Leaving Certificate Examination, 1902
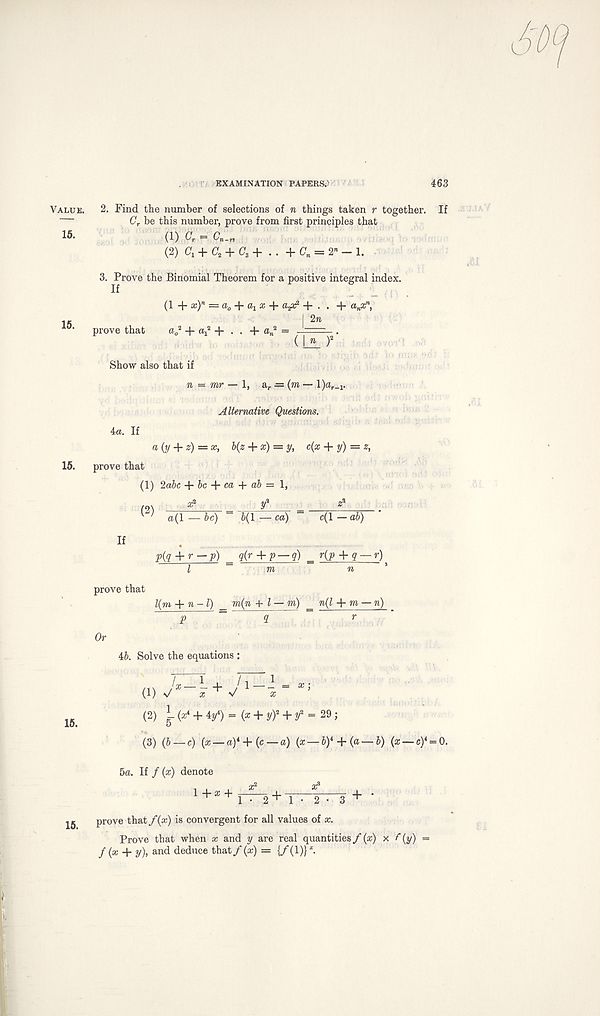
EXAMINATION PAPERS.’
463
Value. 2. Find the number of selections of n things taken r together. If
G r be this number, prove from first principles that
15 -
(1) Cr = C n .„
(2) C 1 + C 2 + C s + .. +C'„ = 2»-1.
3. Prove the Binomial Theorem for a positive integral index.
(I +x) n =a 0 + a 1 x + a^-\- . . + a n x n ,
1 e
i 2«,
LO ‘ prove that a 0
2 + + • • + «n 2 =
■ .
( Jjl ) 2
Show also that if
n = mr — a r ■ = (to — 1)«,_!.
Alternative Questions.
4a. If
a (y + z) = x, b(z + x) = y, c(x + y) = z,
15. prove that
(1) 2a5c be + ca + ab = 1,
x 2
y i
z*
(2) a(l — be) 6(1 : — ca)
c(l — ab)
If
p{q + r —p) = q(r + p — q) = r(j> + g — r) ^
Z
m
n *
prove that
l(m + n-l) _ m(n + l —m) _ n(l + m — n)
p
q
r
46. Solve the equations :
T x i . T
(1) v/"
' v
(2) i. (x* + 4y 4 ) = (x + y) 2 + y 2 = 29 ;
(3) (6 —c) (x — a)* + (c —a) (x —6) 4 + (a —6) (x —c) 4 = 0.
15.
5a. If / (x) denote
l+x + x 2
x 8
1 • 2 + 1 • 2 • 3 + *
prove that fix) is convergent for all values of x.
Prove that when x and y are real quantities/(x)
/(x + y), and deduce that/(x) = {/(l)} 1 .
x S(y) =